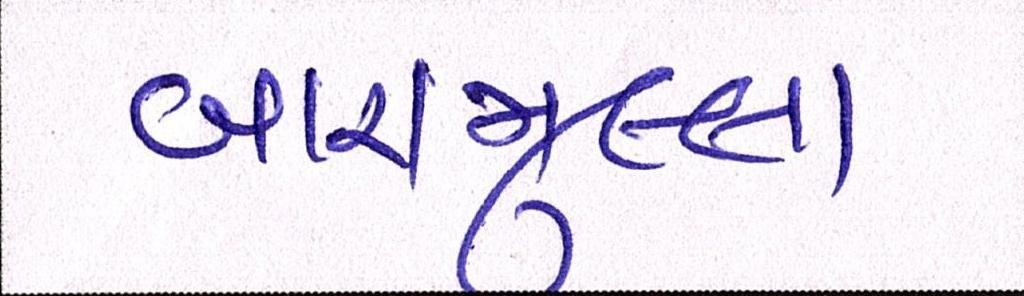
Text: બારામુલ્લા